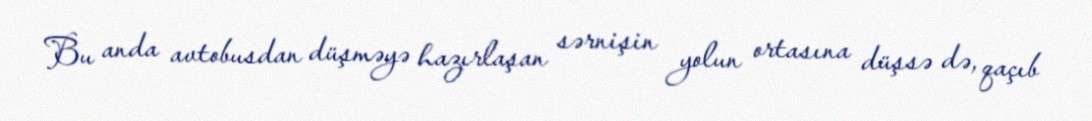
Bu anda avtobusdan düşməyə hazırlaşan sərnişin yolun ortasına düşsə də, qaçıb